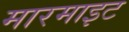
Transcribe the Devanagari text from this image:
मारमाइट